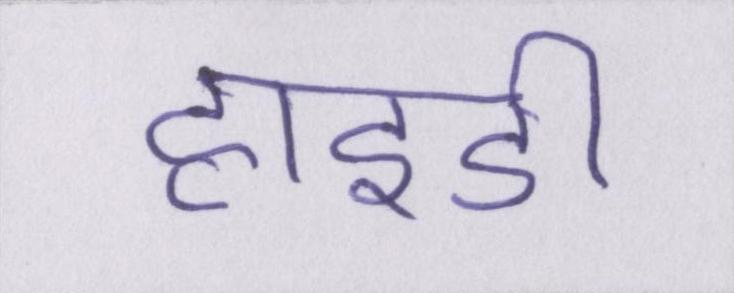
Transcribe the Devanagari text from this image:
हाइडी